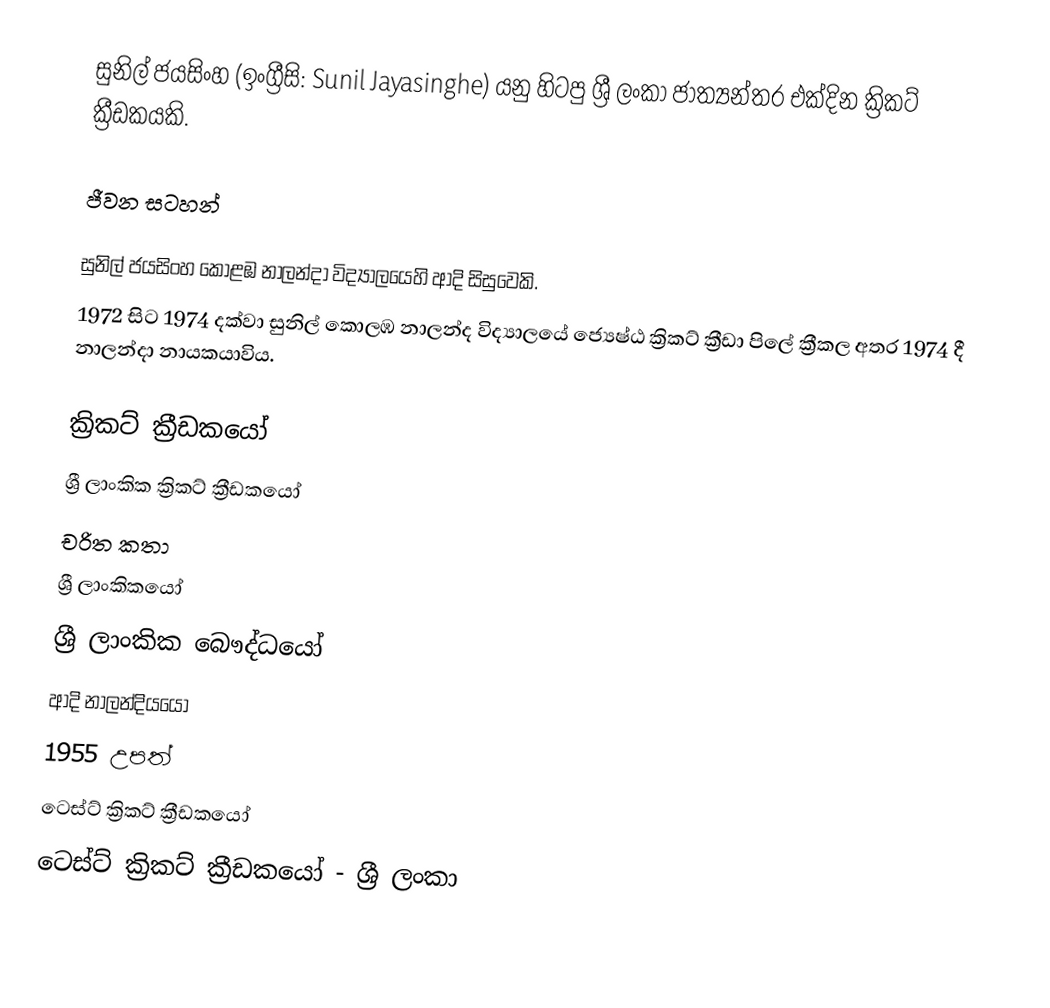
සුනිල් ජයසිංහ (ඉංග්‍රීසි: Sunil Jayasinghe) යනු හිටපු ශ්‍රී ලංකා ජාත්‍යන්තර එක්දින ක්‍රිකට් ක්‍රීඩකයකි.

ජීවන සටහන්

සුනිල් ජයසිංහ  කොළඹ නාලන්දා විද්‍යා‍ලයෙහි ආදි සිසුවෙකි.
1972 සිට 1974 දක්වා සුනිල්  කොලඹ නාලන්ද  විද්‍යාලයේ  ජ්‍යෙෂ්ඨ ක්‍රිකට් ක්‍රීඩා පිලේ ක්‍රීකල අතර 1974 දී නාලන්දා නායකයාවිය.

ක්‍රිකට් ක්‍රීඩකයෝ
ශ්‍රී ලාංකික ක්‍රිකට් ක්‍රීඩකයෝ
චරිත කතා
ශ්‍රී ලාංකිකයෝ
ශ්‍රී ලාංකික බෞද්ධයෝ
ආදි නාලන්දියයෝ
1955 උපත්
ටෙස්ට් ක්‍රිකට් ක්‍රීඩකයෝ
ටෙස්ට් ක්‍රිකට් ක්‍රීඩකයෝ - ශ්‍රී ලංකා